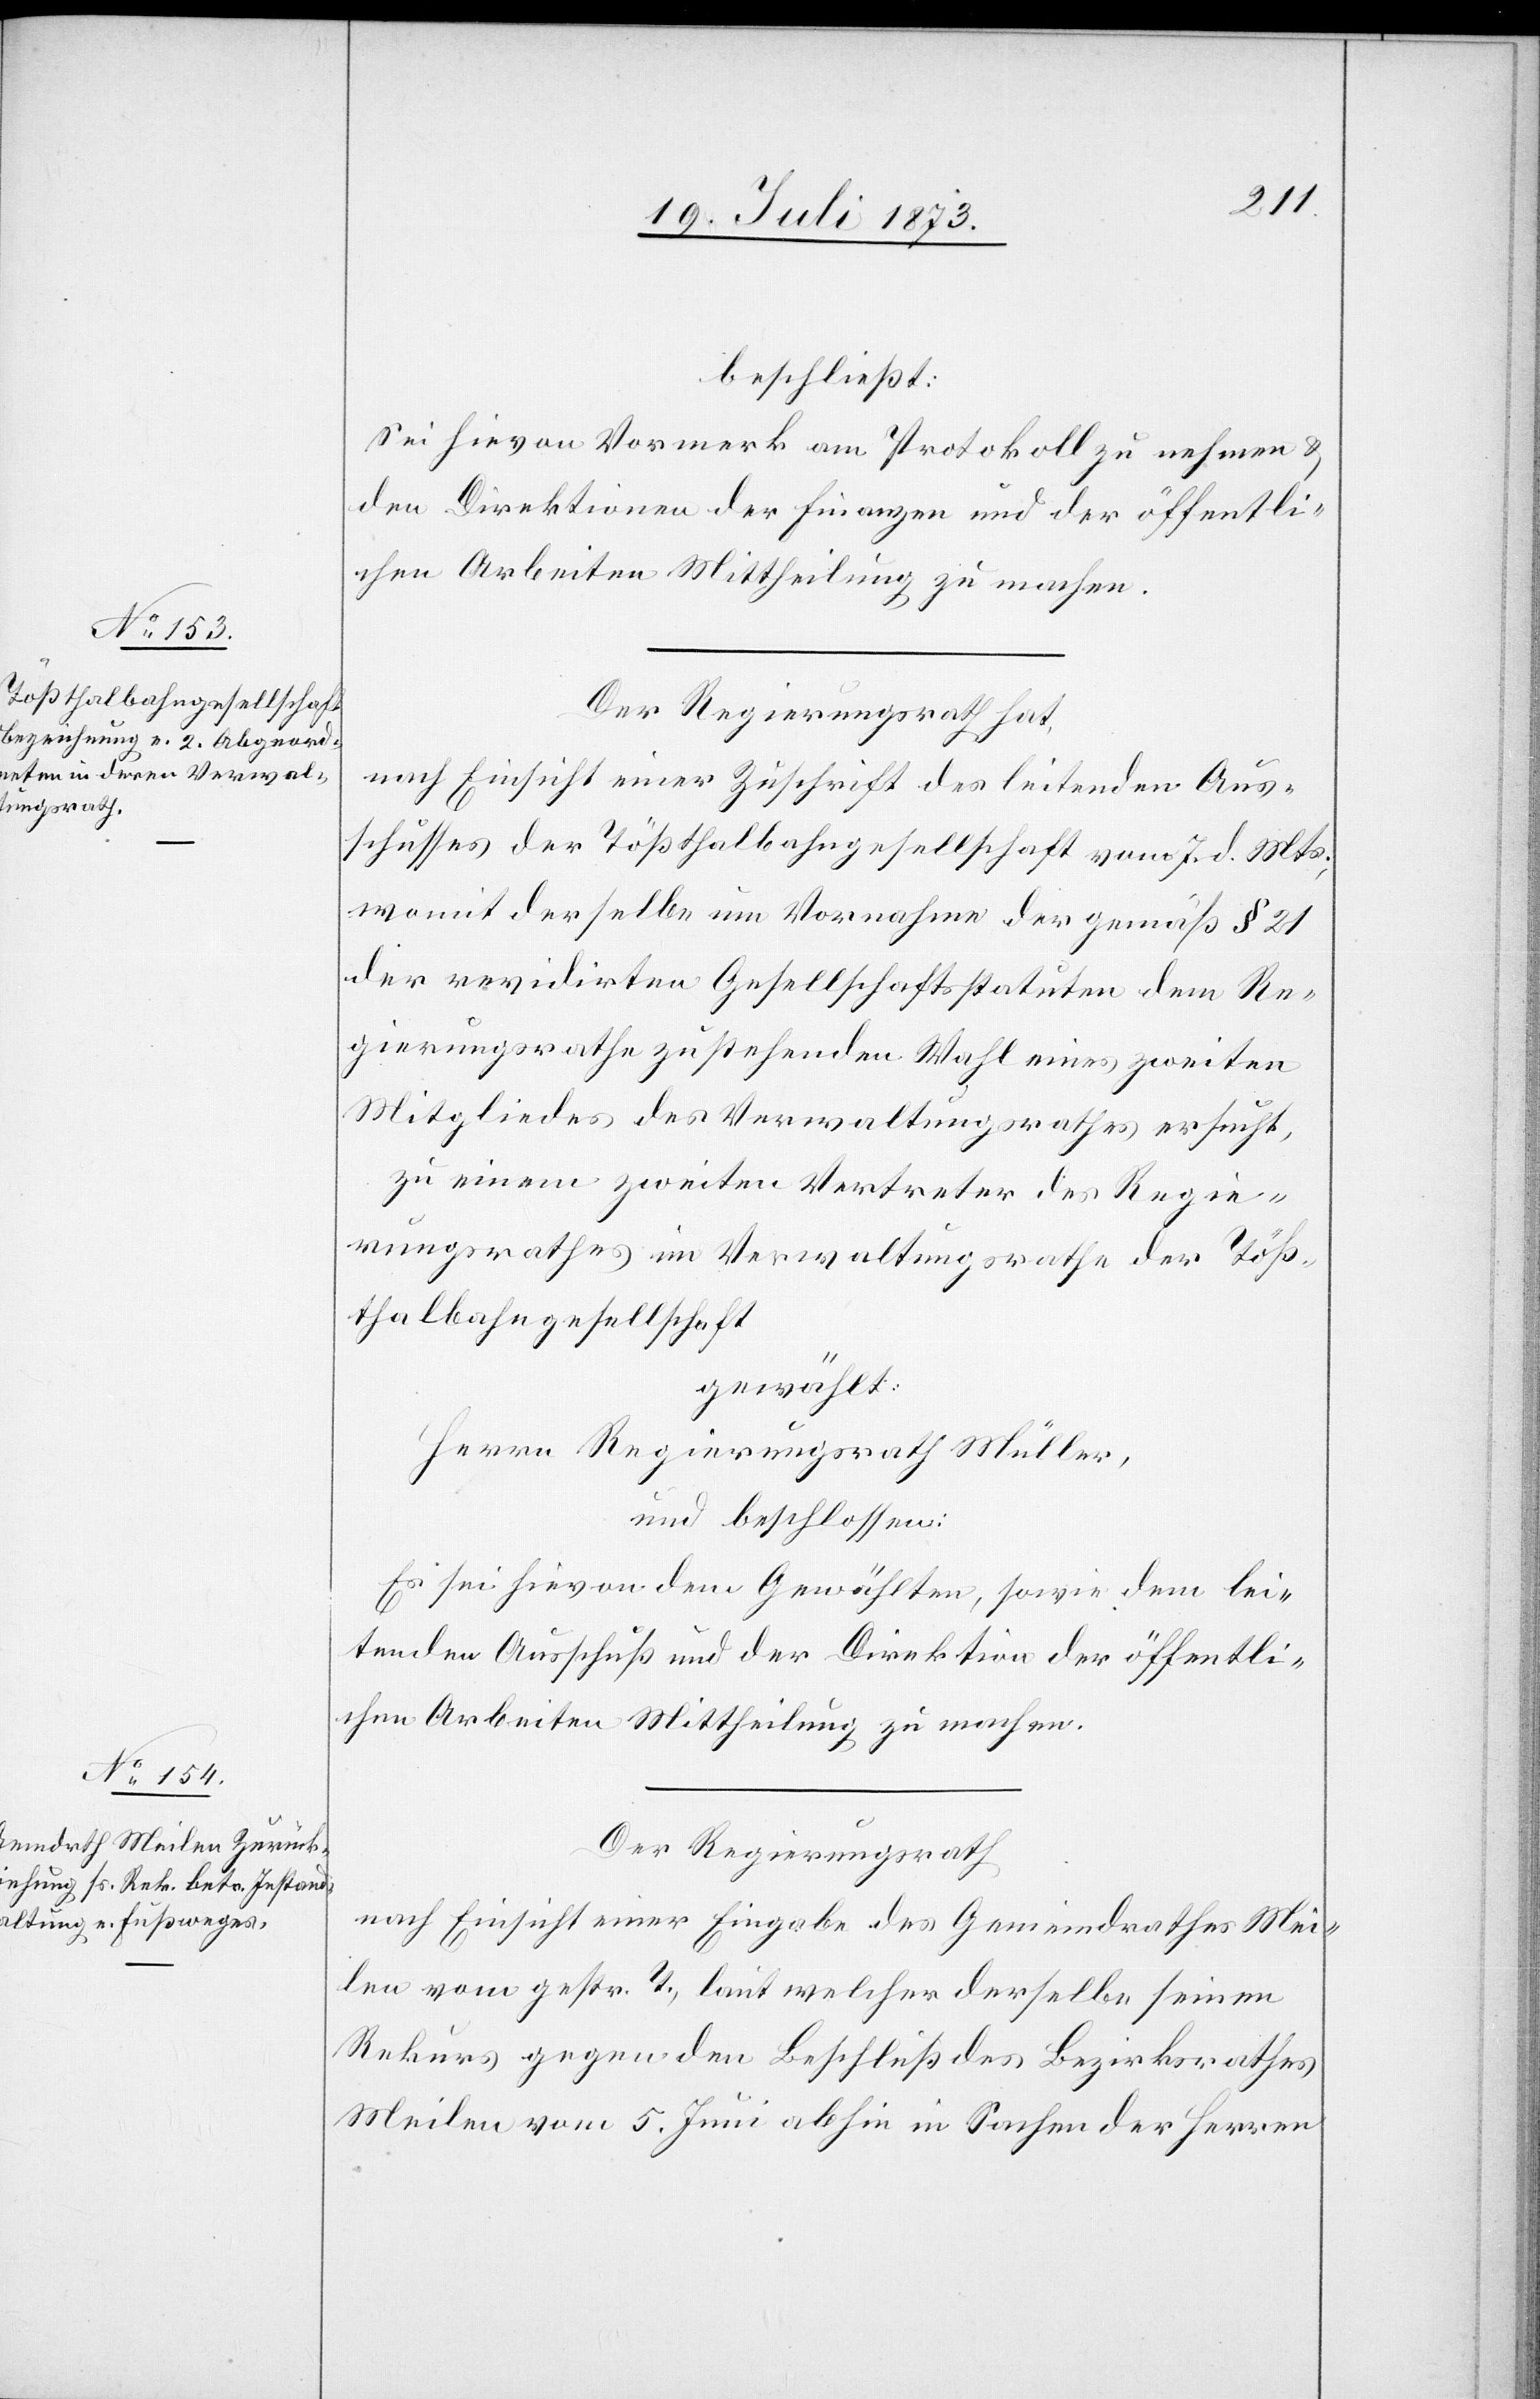
beschließt:
Sei hievon Vormerk am Protokoll zu nehmen &
den Direktionen der Finanzen und der öffentli¬
chen Arbeiten Mittheilung zu machen.
Der Regierungsrath hat,
nach Einsicht einer Zuschrift des leitenden Aus¬
schusses der Tößthalbahngesellschaft vom 7. d. Mts.,
womit derselbe um Vornahme der gemäß § 21
der revidirten Gesellschaftsstatuten dem Re¬
gierungsrathe zustehenden Wahl eines zweiten
Mitgliedes des Verwaltungsrathes ersucht,
zu einem zweiten Vertreter des Regie¬
rungsrathes im Verwaltungsrathe der Töß¬
thalbahngesellschaft
gewählt:
Herrn Regierungsrath Müller,
und beschlossen:
Es sei hievon dem Gewählten, sowie dem lei¬
tenden Ausschuß und der Direktion der öffentli¬
chen Arbeiten Mittheilung zu machen.
Der Regierungsrath
nach Einsicht einer Eingabe des Gemeindrathes Mei¬
len vom gestr. T., laut welcher derselbe seinen
Rekurs gegen den Beschluß des Bezirksrathes
Meilen vom 5. Juni abhin in Sachen der Herren